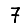
Digit: 7